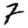
Digit: 7